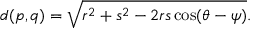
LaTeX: d ( p , q ) = { \sqrt { r ^ { 2 } + s ^ { 2 } - 2 r s \cos ( \theta - \psi ) } } .